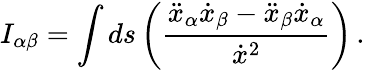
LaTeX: I_{\alpha\beta}=\int ds\left(\frac{\ddot{x}_{\alpha}\dot{x}_{\beta}-\ddot{x}_{\beta}\dot{x}_{\alpha}}{\dot{x}^{2}}\right)\, .